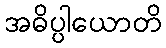
အဓိပ္ပါယောတိ